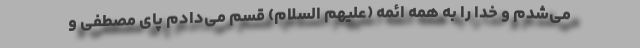
می‌شدم و خدا را به همه ائمه (علیهم السلام) قسم می‌دادم پای مصطفی و